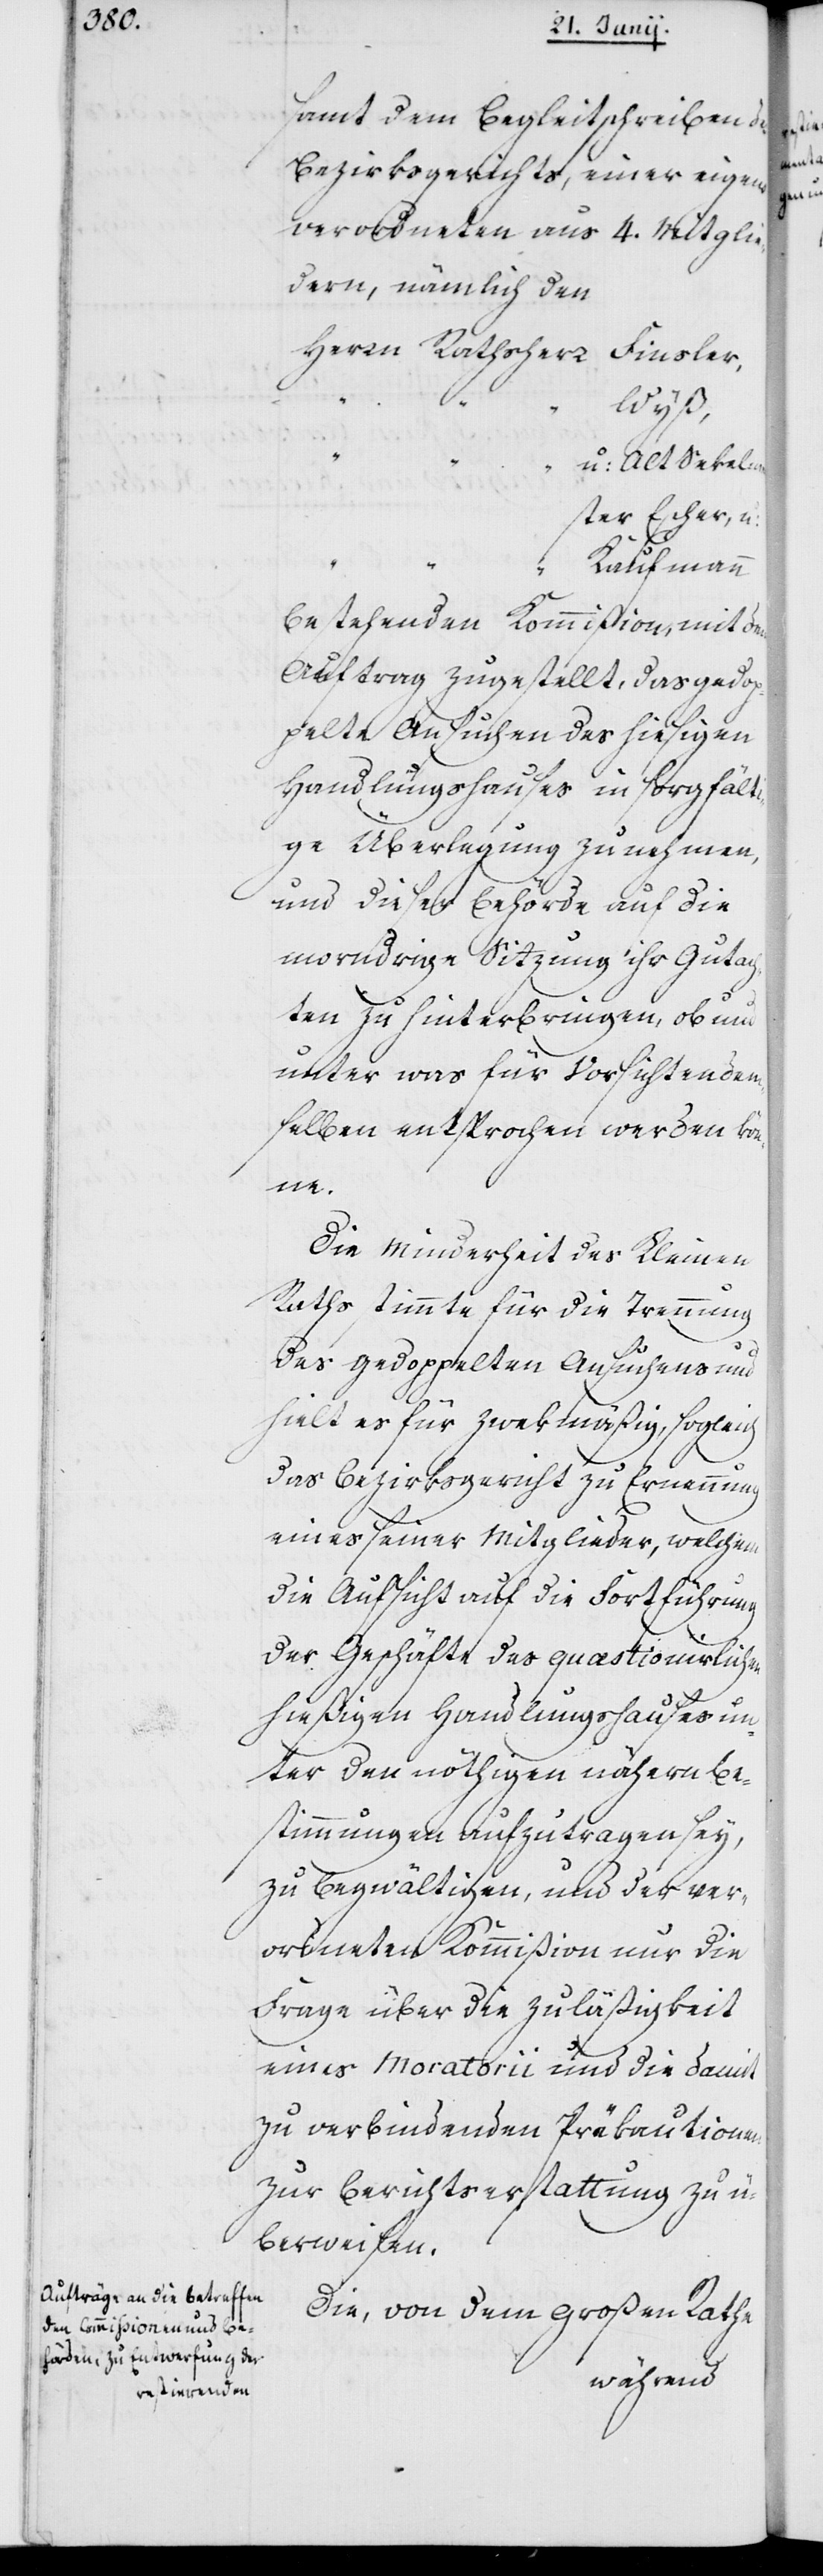
samt dem Begleitschreiben des
Bezirksgerichts, einer eigens
verordneten aus 4. Mitglie¬
dern, nämlich den
Herrn Rathsherr
Finsler,
Wyß,
u: Alt Sekelmei¬
ster Escher, u:
Kaufmann
bestehenden Kommißion, mit dem
Auftrag zugestellt, das gedo¬
ppelte Ansuchen des hiesigen
Handelshauses in sorgfält¬
ige Überlegung zu nehmen,
und dieser Behörde auf die
morndrige Sitzung ihr Gutach¬
ten zu hinterbringen, ob und
unter was für Vorsichten dem¬
selben entsprochen werden kö¬
nne.
Die Minderheit des Kleinen
Raths stimmte für die Trennung
des gedoppelten Ansuchens und
hielt es für zwekmäßig, sogleich
das Bezirksgericht zu Ernennung
eines seiner Mitglieder, welchem
die Aufsicht auf die Fortführung
der Geschäfte des quästionirlichen
hießigen Handlungshauses un¬
ter den nöthigen nähern Be¬
stimmungen aufzutragen sey,
zu begwältigen, und der ver¬
ordneten Kommißion nur die
Frage über die Zuläßigkeit
eines Moratorii und die damit
zu verbindenden Präkautionen
zur Berichterstattung zu ü¬
berweisen.
Die, von dem Großen Rathe